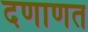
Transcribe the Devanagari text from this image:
दणाणत